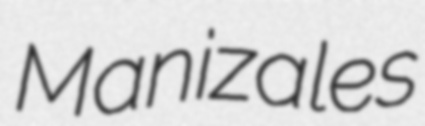
Manizales